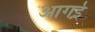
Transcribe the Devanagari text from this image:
आगई